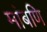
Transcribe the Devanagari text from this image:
मांबणि